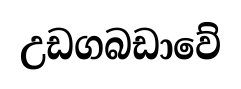
උඩගබඩාවේ